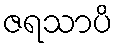
ဇရသာပိ